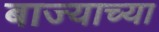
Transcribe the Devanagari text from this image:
बाज्याच्या